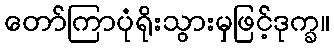
တော်ကြာပုံရိုးသွားမှဖြင့်ဒုက္ခ။